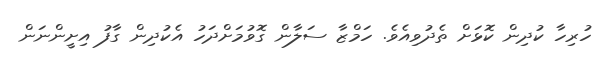
ހުރިހާ ކުދިން ކޮޅަށް ތެދުވިއެވެ. ހަމްޒާ ސަލާން ގޮވުމަށްދަހު އެކުދިން ގާފު އިށީންނަން